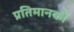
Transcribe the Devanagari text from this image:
प्रतिमानकों